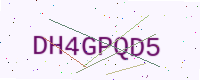
Text: DH4GPQD5